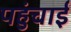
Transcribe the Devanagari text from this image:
पहुंचाईं